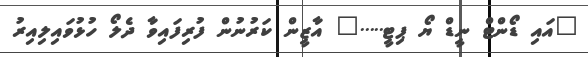
"އައި ޑޯންޓް ނީޑް ޔޯ ޕިޓީ....." އާޒީން ކަރުނުން ފުރިފައިވާ ދެލޯ ހުޅުވައިލިއިރު